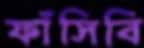
ফাঁসিবি